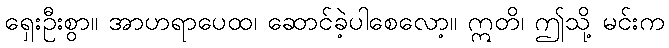
ရှေးဦးစွာ။ အာဟရာပေထ၊ ဆောင်ခဲ့ပါစေလော့။ ဣတိ၊ ဤသို့ မင်းက